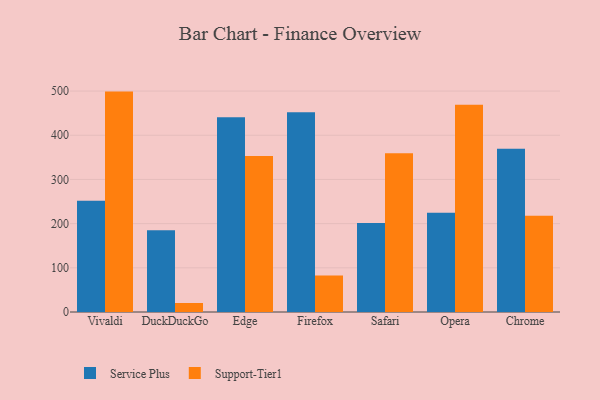
{"axis": {"x": "Browser", "y": "Inventory Turnover"}, "legend": ["Service Plus", "Support-Tier1"], "data": [{"x": "Vivaldi", "y": 251.9, "type": "Service Plus"}, {"x": "Vivaldi", "y": 498.8, "type": "Support-Tier1"}, {"x": "DuckDuckGo", "y": 184.9, "type": "Service Plus"}, {"x": "DuckDuckGo", "y": 20.4, "type": "Support-Tier1"}, {"x": "Edge", "y": 440.6, "type": "Service Plus"}, {"x": "Edge", "y": 353.2, "type": "Support-Tier1"}, {"x": "Firefox", "y": 451.9, "type": "Service Plus"}, {"x": "Firefox", "y": 82.6, "type": "Support-Tier1"}, {"x": "Safari", "y": 201.7, "type": "Service Plus"}, {"x": "Safari", "y": 359.5, "type": "Support-Tier1"}, {"x": "Opera", "y": 224.8, "type": "Service Plus"}, {"x": "Opera", "y": 468.9, "type": "Support-Tier1"}, {"x": "Chrome", "y": 369.7, "type": "Service Plus"}, {"x": "Chrome", "y": 217.8, "type": "Support-Tier1"}]}